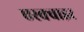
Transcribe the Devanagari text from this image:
एस्क्वाइर